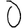
Digit: 0